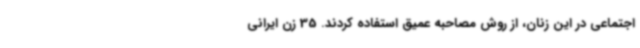
اجتماعی در این زنان، از روش مصاحبه عمیق استفاده کردند. 35 زن ایرانی